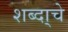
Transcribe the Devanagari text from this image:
शब्दा्चे